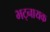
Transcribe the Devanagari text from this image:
भट्नायक